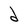
Character: d